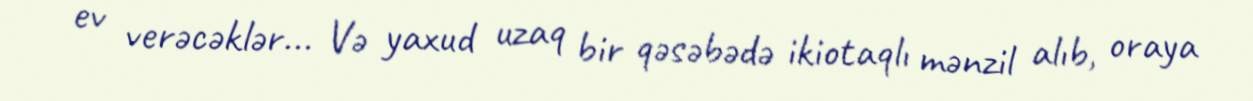
ev verəcəklər... Və yaxud uzaq bir qəsəbədə ikiotaqlı mənzil alıb, oraya